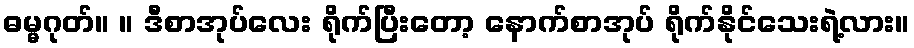
ဓမ္မဂုတ်။ ။ ဒီစာအုပ်လေး ရိုက်ပြီးတော့ နောက်စာအုပ် ရိုက်နိုင်သေးရဲ့လား။